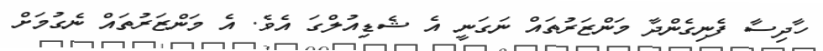
ހާދިސާ ފެނިގެންދާ މަންޒަރުތައް ނަގަނީ އެ ޝެޑިއުލްގަ އެވެ. އެ މަންޒަރުތައް ނެގުމަށް